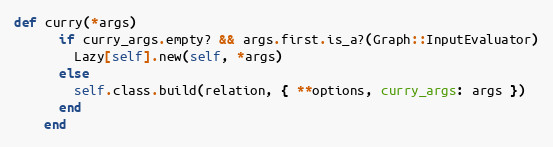
Language: Ruby
def curry(*args)
      if curry_args.empty? && args.first.is_a?(Graph::InputEvaluator)
        Lazy[self].new(self, *args)
      else
        self.class.build(relation, { **options, curry_args: args })
      end
    end